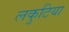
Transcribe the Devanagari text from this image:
लकुटिया